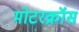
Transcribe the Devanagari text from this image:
मोटरक्रॉस